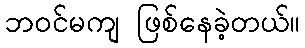
ဘဝင်မကျ ဖြစ်နေခဲ့တယ်။